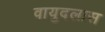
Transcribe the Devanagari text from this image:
वायुदलास